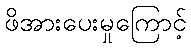
ဖိအားပေးမှုကြောင့်